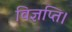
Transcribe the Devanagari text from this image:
विज्ञप्ति।